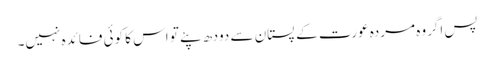
پس اگروہ مردہ عورت کے پستان سے دودھ پئے تو اس کا کوئی فائدہ نہیں۔